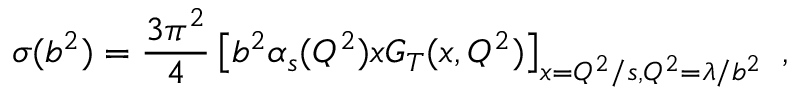
\sigma ( b ^ { 2 } ) = { \frac { 3 \pi ^ { 2 } } { 4 } } \left[ b ^ { 2 } \alpha _ { s } ( Q ^ { 2 } ) x G _ { T } ( x , Q ^ { 2 } ) \right] _ { x = Q ^ { 2 } / s , Q ^ { 2 } = \lambda / b ^ { 2 } } \ ,